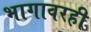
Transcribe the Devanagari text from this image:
भागावरही